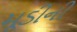
મૂડીની